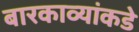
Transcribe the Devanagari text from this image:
बारकाव्यांकडे